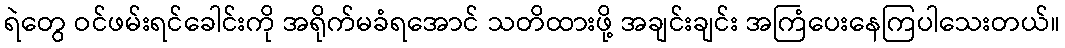
ရဲတွေ ဝင်ဖမ်းရင်ခေါင်းကို အရိုက်မခံရအောင် သတိထားဖို့ အချင်းချင်း အကြံပေးနေကြပါသေးတယ်။